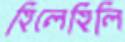
হিলেহিলি